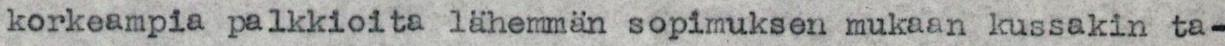
korkeampia palkkioita lähemmän sopimuksen mukaan kussakin ta-